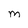
Character: M